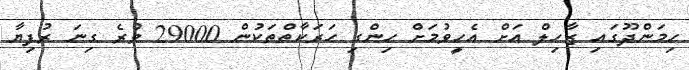
ހިމަންދޫގައި ޒާހިލް އަށް އެހީވުމަށް ހިންގި ހަރަކާތްތަކުން 29000 ވުރެ ގިނަ ރުފިޔާ